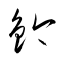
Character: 鈐